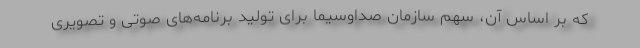
که بر اساس آن، سهم سازمان صداوسیما برای تولید برنامه‌های صوتی و تصویری